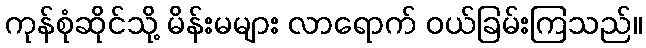
ကုန်စုံဆိုင်သို့ မိန်းမများ လာရောက် ဝယ်ခြမ်းကြသည်။